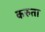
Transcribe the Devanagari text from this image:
करुता